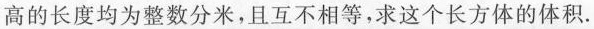
高的长度均为整数分米，且互不相等，求这个长方体的体积.